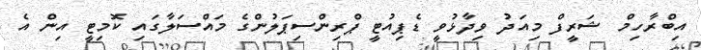
އިބްރާހިމް ޝަރީފް މިއަދު ވިދާޅުވީ ޑެޕިއުޓީ ޕްރިންސިޕަލުންގެ މައްސަލާގައި ކޮމިޓީ އިން އެ